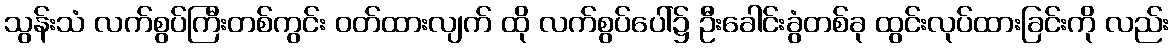
သွန်းသံ လက်စွပ်ကြီးတစ်ကွင်း ဝတ်ထားလျက် ထို လက်စွပ်ပေါ်၌ ဦးခေါင်းခွံတစ်ခု ထွင်းလုပ်ထားခြင်းကို လည်း